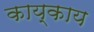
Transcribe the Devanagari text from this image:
काय्काय